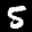
Label: 5